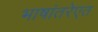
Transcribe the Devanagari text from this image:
भाषांतरेएत